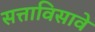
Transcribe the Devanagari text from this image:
सत्ताविसावे